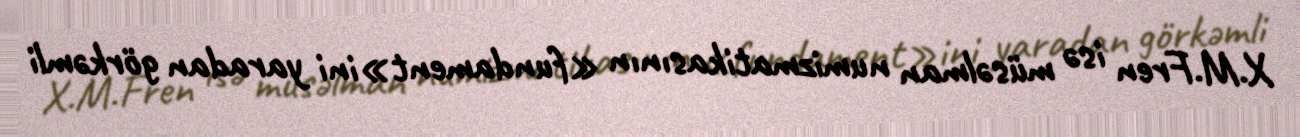
X.M.Fren isə müsəlman numizmatikasının «fundament»ini yaradan görkəmli